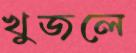
খুজলে